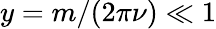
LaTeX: y=m/(2\pi\nu)\ll 1